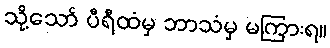
သို့သော် ပီရီထံမှ ဘာသံမှ မကြားရ။